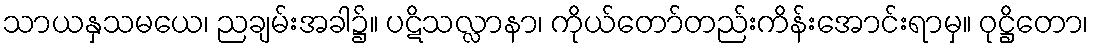
သာယနှသမယေ၊ ညချမ်းအခါ၌။ ပဋိသလ္လာနာ၊ ကိုယ်တော်တည်းကိန်းအောင်းရာမှ။ ဝုဋ္ဌိတော၊